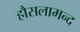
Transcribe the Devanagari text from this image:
हौसलामन्द